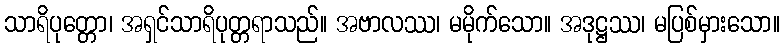
သာရိပုတ္တော၊ အရှင်သာရိပုတ္တရာသည်။ အဗာလဿ၊ မမိုက်သော။ အဒုဋ္ဌဿ၊ မပြစ်မှားသော။